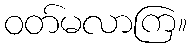
ဝတ်မလာကြ။